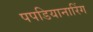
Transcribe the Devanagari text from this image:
पपडियानारिंग